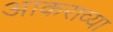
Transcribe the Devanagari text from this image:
आकराव्या